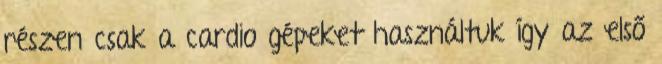
részen csak a cardio gépeket használtuk így az első